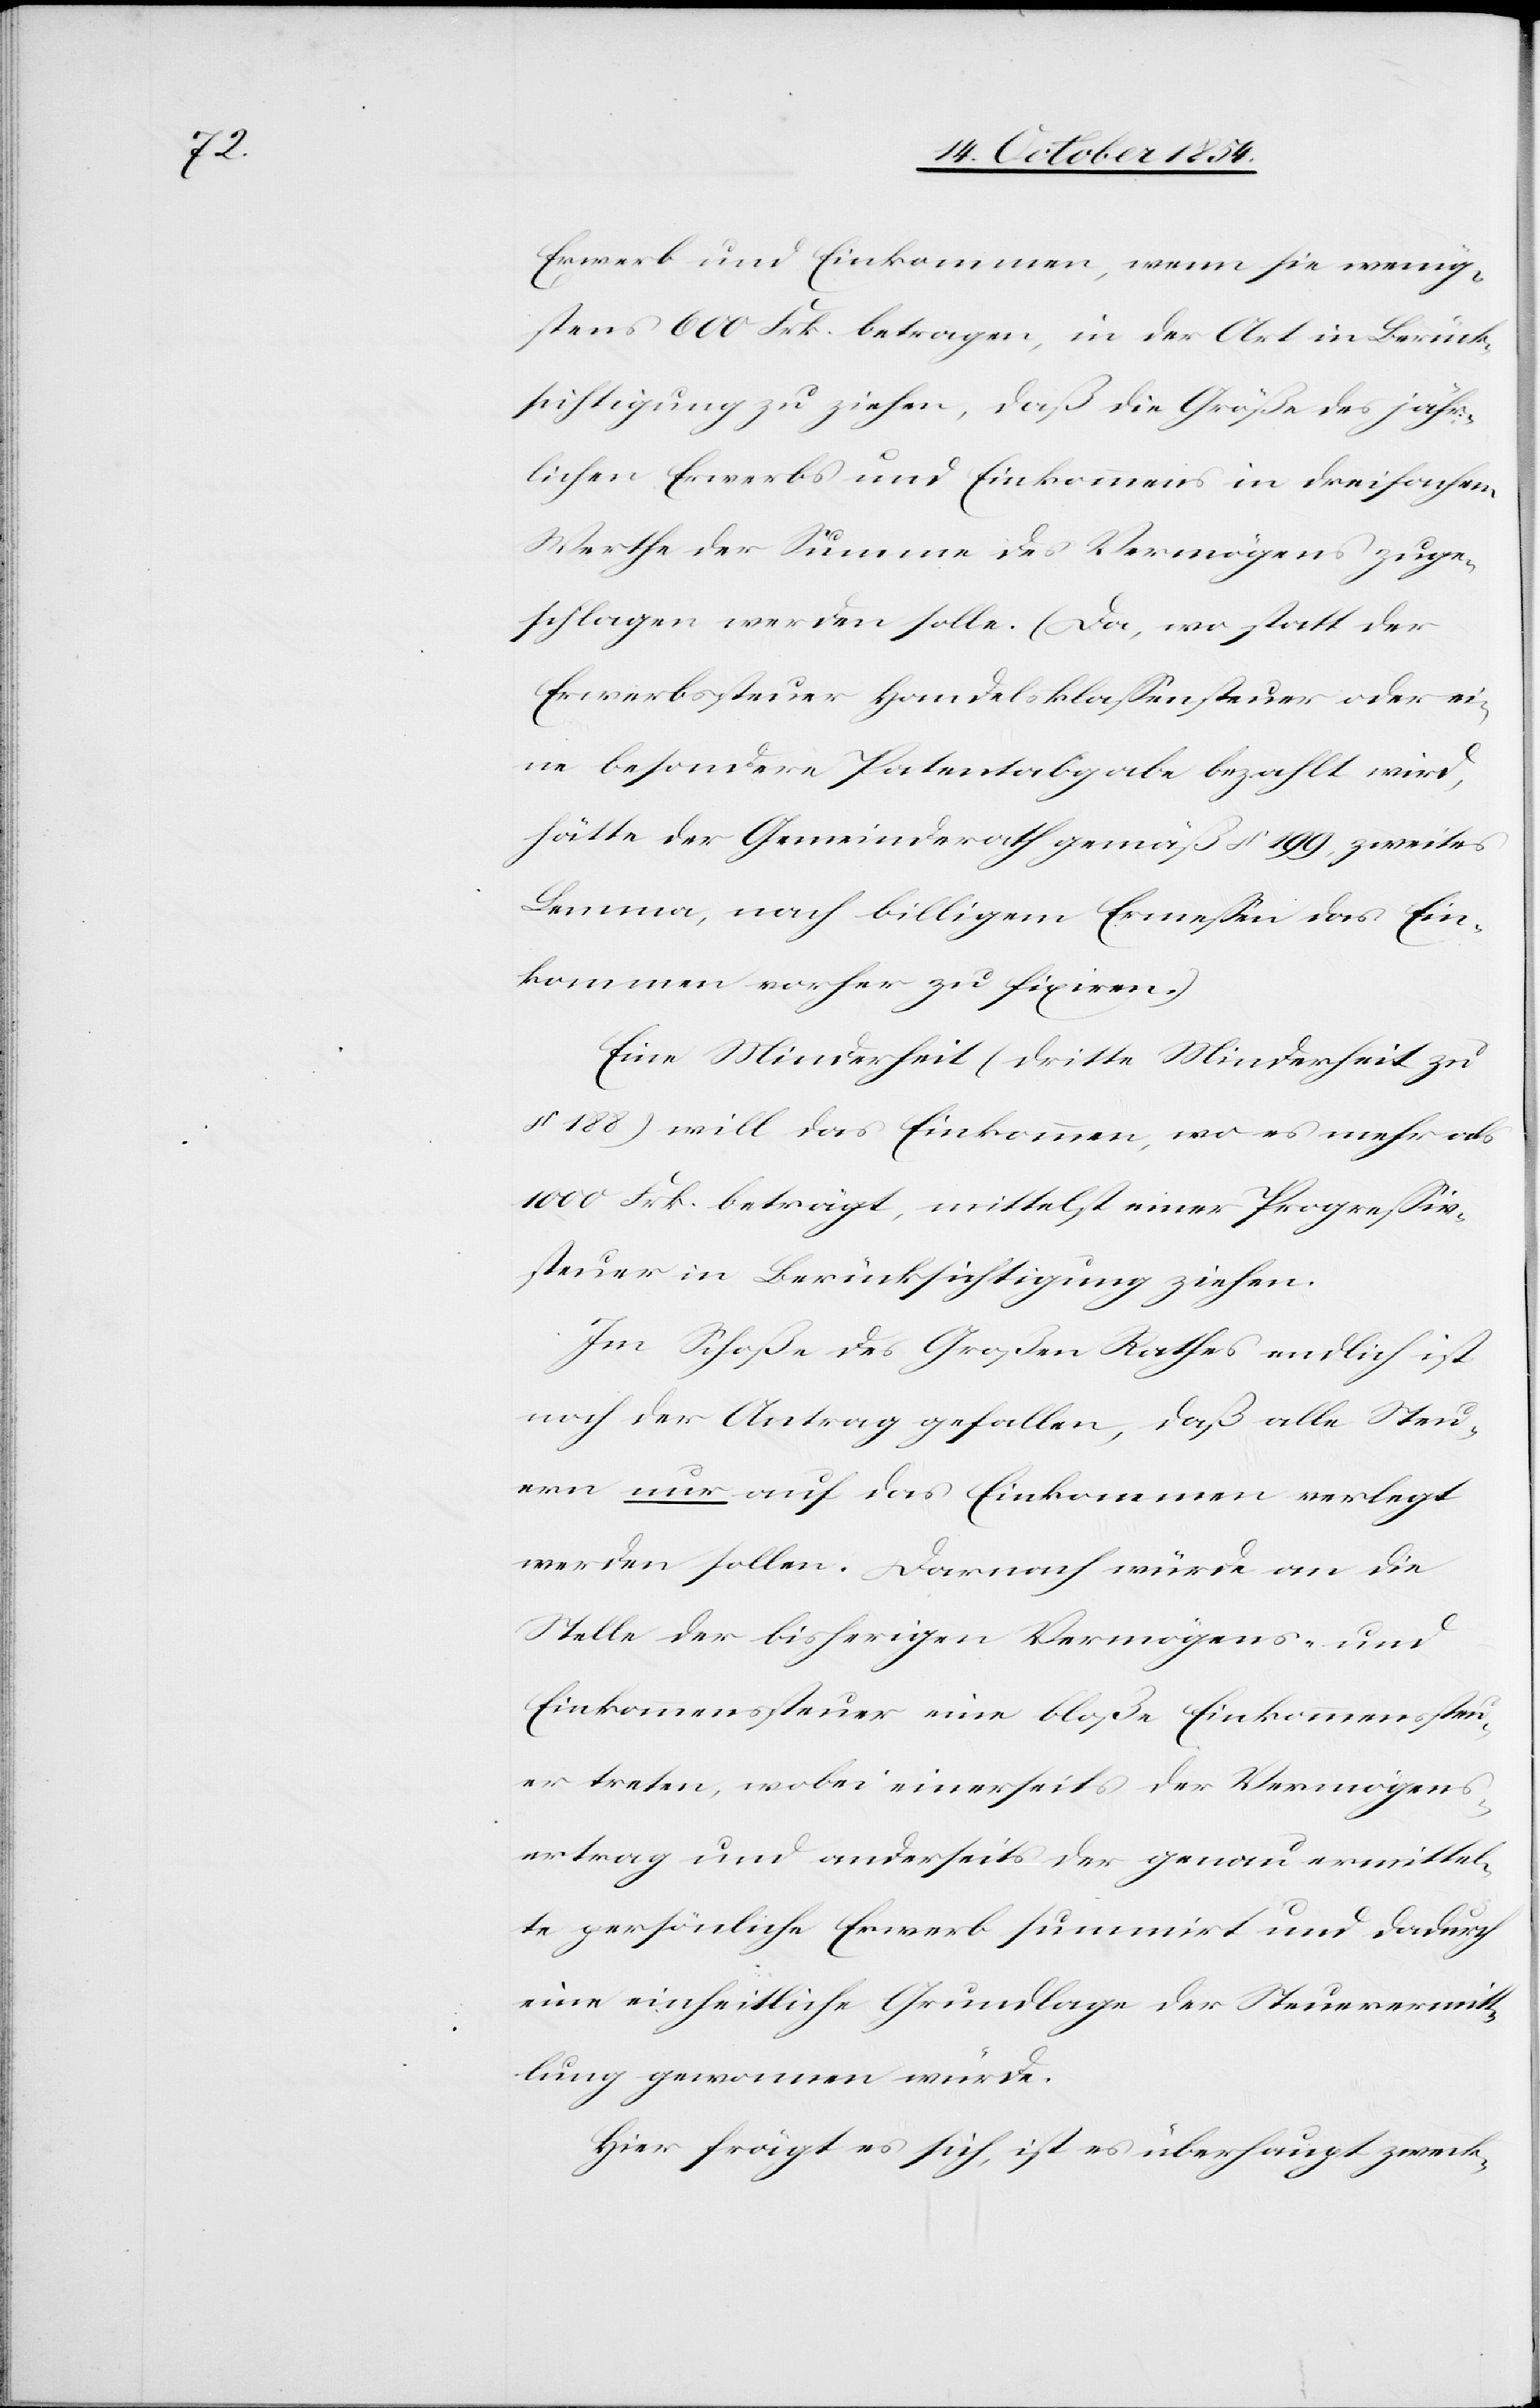
Erwerb und Einkommen, wenn sie wenig¬
stens 600 Frk. betragen, in der Art in Berück¬
sichtigung zu ziehen, daß die Größe des jähr¬
lichen Erwerbs und Einkommens in dreifachem
Werthe der Summe des Vermögens zuge¬
schlagen werden solle. (Da, wo statt der
Erwerbssteuer Handelsklaßensteuer oder ei¬
ne besondere Patentabgabe bezahlt wird,
hätte der Gemeindrath gemäß § 199, zweites
Lemma, nach billigem Ermeßen das Ein¬
kommen vorher zu fixiren.)
Eine Minderheit (dritte Minderheit zu
§ 188) will das Einkommen, wo es mehr als
1000 Frk. beträgt, mittelst einer Progreßiv¬
steuer in Berücksichtigung ziehen.
Im Schoße des Großen Rathes endlich ist
noch der Antrag gefallen, daß alle Steu¬
ern nur auf das Einkommen verlegt
werden sollen. Darnach würde an die
Stelle der bisherigen Vermögens- und
Einkommenssteuer eine bloße Einkommenssteu¬
er treten, wobei einerseits der Vermögens¬
ertrag und anderseits der genau ermittel¬
te persönliche Erwerb summirt und dadurch
eine einheitliche Grundlage der Steuervermitt¬
lung gewonnen würde.
Hier frägt es sich, ist es überhaupt zweck-